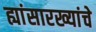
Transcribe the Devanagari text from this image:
ह्यांसारख्यांचे